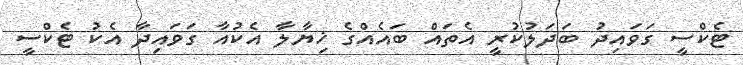
ޓެކްސީ ގަވައިދު ބަދަލުކުރީ އެތައް ބައެއްގެ ޚިޔާލާ އެކުއާ ގަވައިދާ އެކު ޓެކްސީ